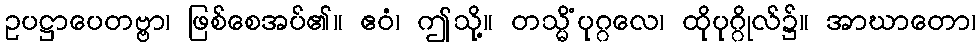
ဥပဋ္ဌာပေတဗ္ဗာ၊ ဖြစ်စေအပ်၏။ ဧဝံ၊ ဤသို့။ တသ္မိံပုဂ္ဂလေ၊ ထိုပုဂ္ဂိုလ်၌။ အာဃာတော၊